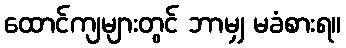
ထောင်ကျများတွင် ဘာမျှ မခံစားရ။